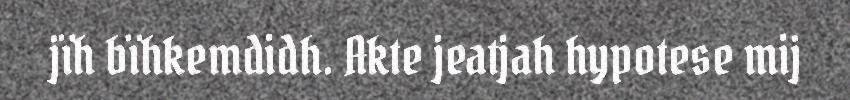
jïh bïhkemdidh. Akte jeatjah hypotese mij